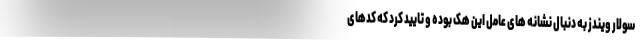
سولار ویندز به دنبال نشانه های عامل این هک بوده و تایید کرد که کدهای